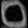
Digit: ၀